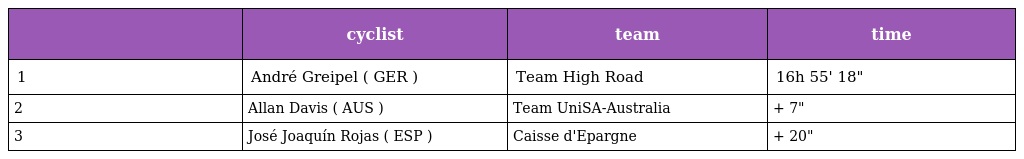
|  | cyclist | team | time |
 | --- | --- | --- | --- |
 | 1 | André Greipel ( GER ) | Team High Road | 16h 55' 18" |
 | 2 | Allan Davis ( AUS ) | Team UniSA-Australia | + 7" |
 | 3 | José Joaquín Rojas ( ESP ) | Caisse d'Epargne | + 20" |